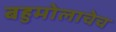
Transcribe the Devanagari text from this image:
बहुमोलाचेच